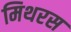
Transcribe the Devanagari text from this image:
मिथरस